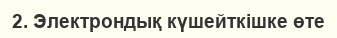
2. Электрондық күшейткішке өте